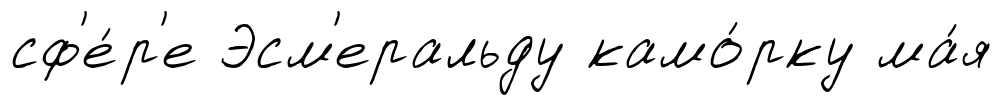
сф'е́р'е Эсм'еральду камо́рку ма́я